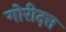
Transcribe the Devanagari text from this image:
गोरीदत्त